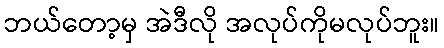
ဘယ်တော့မှ အဲဒီလို အလုပ်ကိုမလုပ်ဘူး။